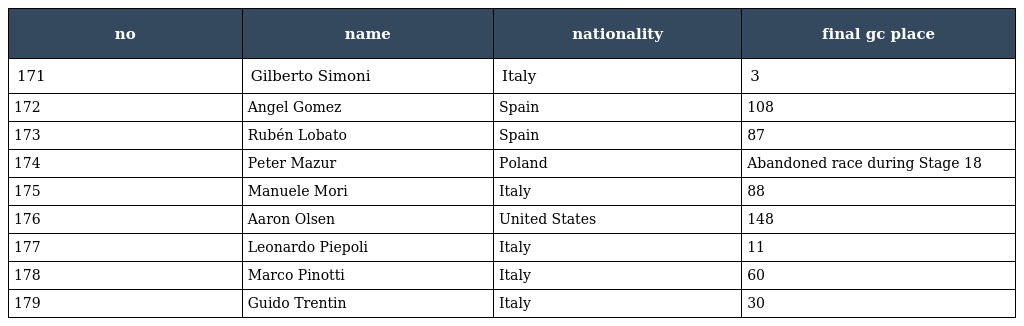
| no | name | nationality | final gc place |
 | --- | --- | --- | --- |
 | 171 | Gilberto Simoni | Italy | 3 |
 | 172 | Angel Gomez | Spain | 108 |
 | 173 | Rubén Lobato | Spain | 87 |
 | 174 | Peter Mazur | Poland | Abandoned race during Stage 18 |
 | 175 | Manuele Mori | Italy | 88 |
 | 176 | Aaron Olsen | United States | 148 |
 | 177 | Leonardo Piepoli | Italy | 11 |
 | 178 | Marco Pinotti | Italy | 60 |
 | 179 | Guido Trentin | Italy | 30 |